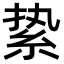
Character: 絷